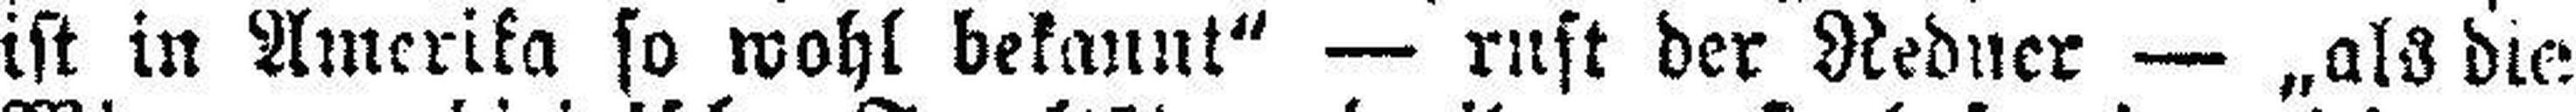
ist in Amerika so wohl bekannt“ — ruft der Redner — „als die